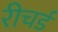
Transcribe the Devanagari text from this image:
रीचर्ड